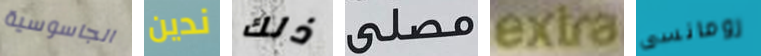
الجاسوسية ندين ذلك مصلى extra رومانسى